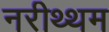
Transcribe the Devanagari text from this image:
नरीथ्थम